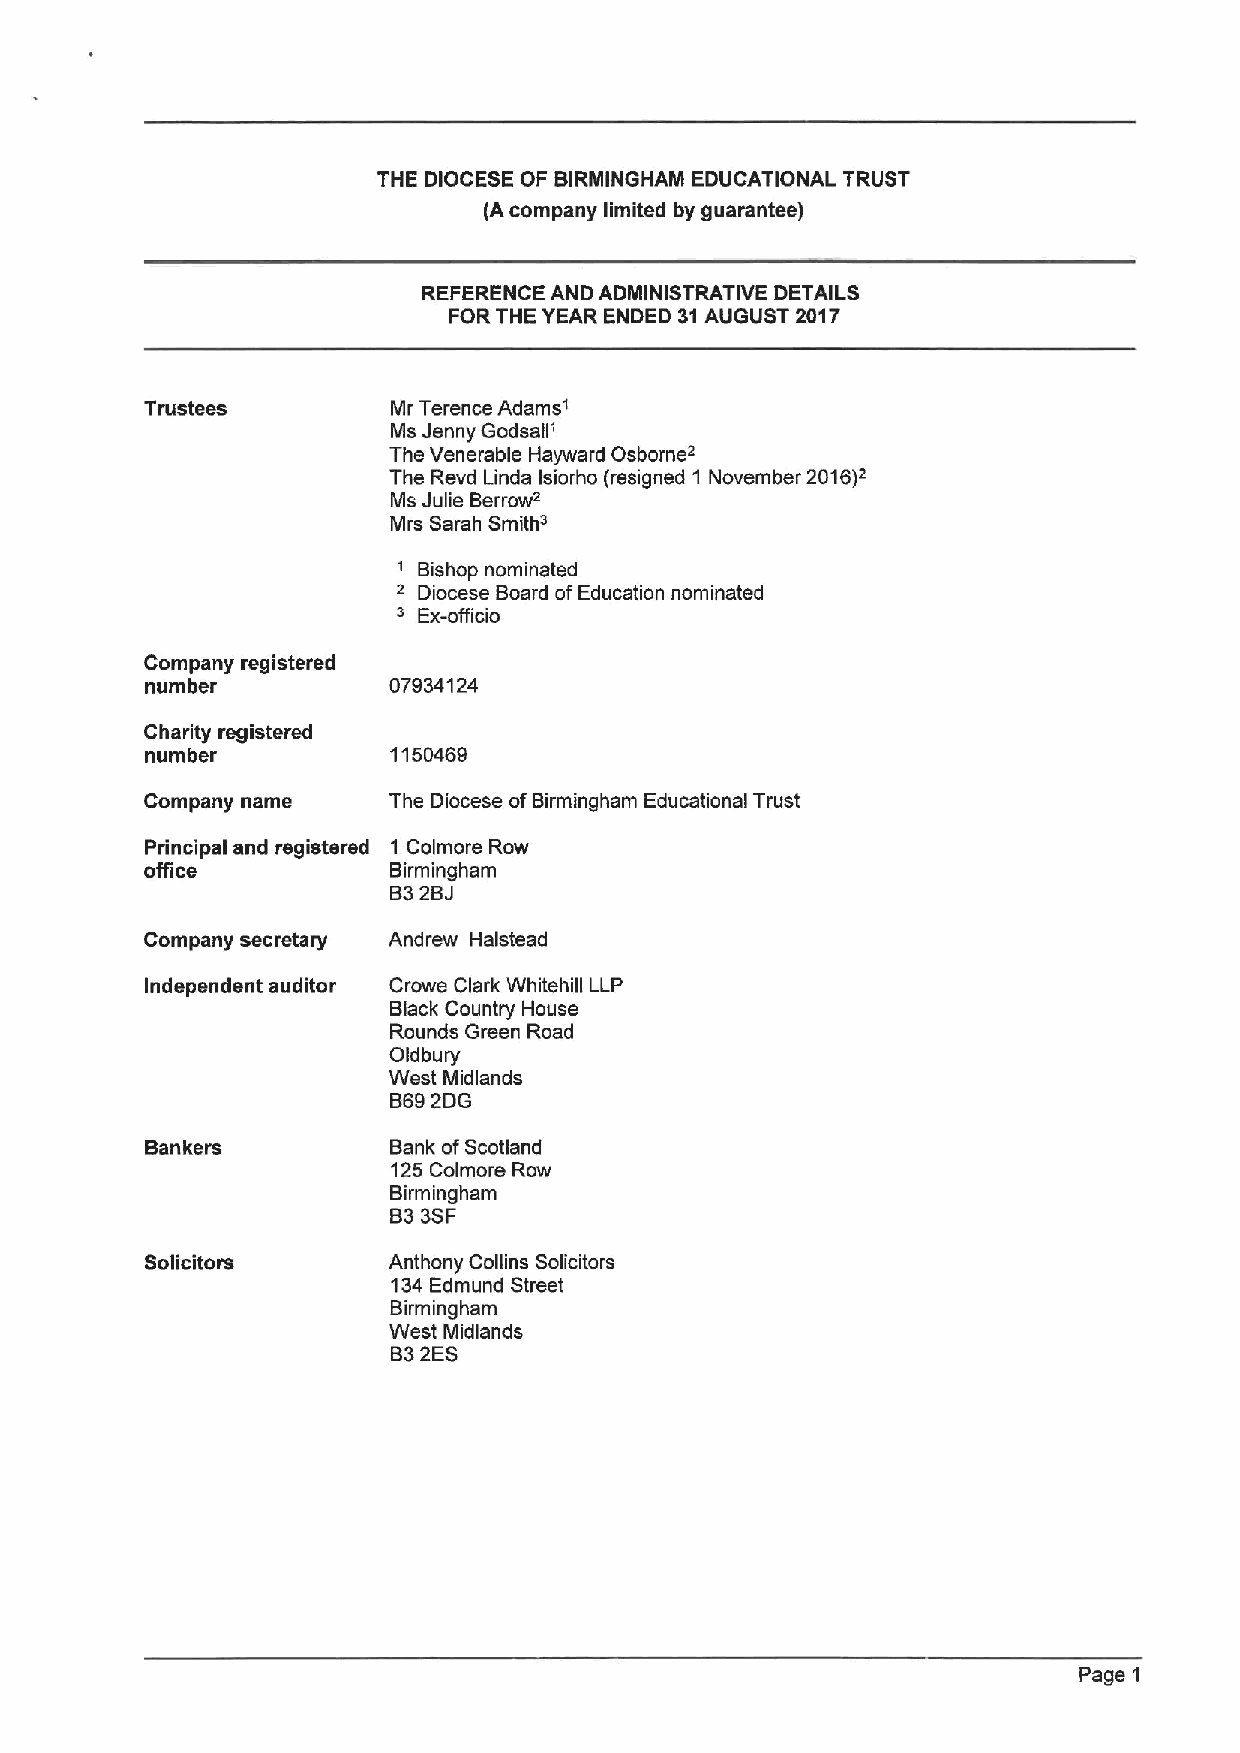
THE DIOCESE OF BIRMINGHAM EDUCATIONAL TRUST
 (Acompany limited by guarantee)
 REFERENCE AND ADMINISTRATIVE DETAILS
 FORTHE YEAR ENDED 31AUGUST 2017
 Trustees        Mr Terence Adams"
 Ms Jenny Godsall'
 The Venerable Hayward Osborner
 The Revd Linda Isiorho (resigned 1 November 2016)r
 Ms Julie Berrow'
 Mrs Sarah Smiths
 '
 Bishop nominated
 s ' Diocese Board ofEducation nominated
 Ex-officio
 Company registered
 number          07934124
 Charity registered
 number          1150469
 Company name    The Diocese ofBirmingham Educational Trust
 Principal and registered 1 Colmore Row
 office          Birmingham
 B32BJ
 Company secretary Andrew Halstead
 Independent auditor Crowe Clark Whitehill LLP
 Black Country House
 Rounds Green Road
 Oldbury
 West Midlands
 B692DG
 Bankers         Bank ofScotland
 125 Colmore Row
 Birmingham
 833SF
 Solicitors      Anthony Collins Solicitors
 134Edmund Street
 Birmingham
 West Midlands
 B32ES
 Page 1